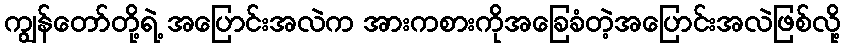
ကျွန်တော်တို့ရဲ့ အပြောင်းအလဲက အားကစားကိုအခြေခံတဲ့အပြောင်းအလဲဖြစ်လို့